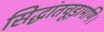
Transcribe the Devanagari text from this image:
सिद्धांतचूड़ामणि।